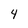
Character: 4